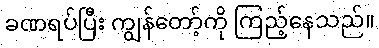
ခဏရပ်ပြီး ကျွန်တော့်ကို ကြည့်နေသည်။